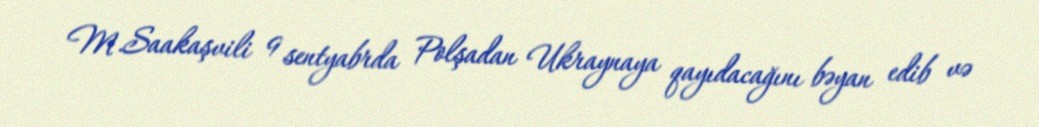
M.Saakaşvili 9 sentyabrda Polşadan Ukraynaya qayıdacağını bəyan edib və